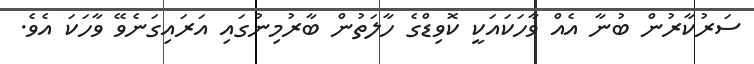
ސަރުކާރުން ބުނާ އެއް ވާހަކައަކީ ކޮވިޑްގެ ހާލަތުން ބާރުމިނުގައި އަރައިގަނެވޭ ވާހަކަ އެވެ.